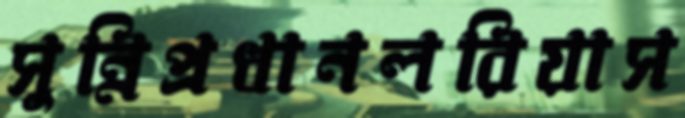
সুন্নিপ্রধানলরিয়াস